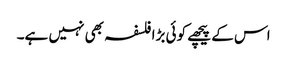
اس کے پیچھے کوئی بڑا فلسفہ بھی نہیں ہے۔